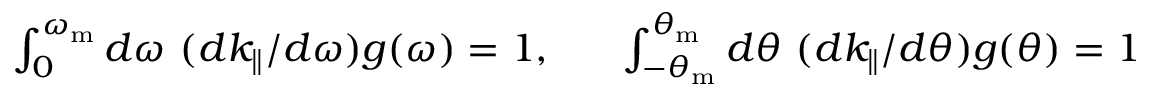
\begin{array} { r } { \int _ { 0 } ^ { \omega _ { \mathrm { m } } } d \omega ~ ( d k _ { \parallel } / d \omega ) g ( \omega ) = 1 , ~ ~ ~ ~ ~ \int _ { - \theta _ { \mathrm { m } } } ^ { \theta _ { \mathrm { m } } } d \theta ~ ( d k _ { \parallel } / d \theta ) g ( \theta ) = 1 } \end{array}